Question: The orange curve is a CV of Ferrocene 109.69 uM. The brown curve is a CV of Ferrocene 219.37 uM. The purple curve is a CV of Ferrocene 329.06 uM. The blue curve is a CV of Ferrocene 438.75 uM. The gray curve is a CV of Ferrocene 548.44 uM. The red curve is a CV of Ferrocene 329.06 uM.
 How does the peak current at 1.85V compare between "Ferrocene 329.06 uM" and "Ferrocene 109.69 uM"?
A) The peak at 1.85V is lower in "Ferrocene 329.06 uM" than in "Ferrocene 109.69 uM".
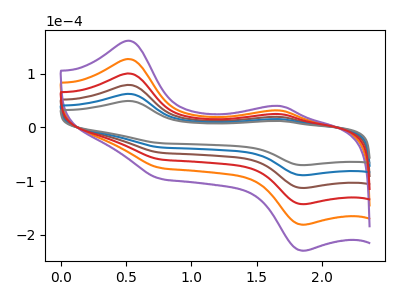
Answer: <think>The orange curve "Ferrocene 109.69 uM" has anodic peaks at (0.50V, 250.40uA) (1.70V, 61.95uA) and cathodic peaks at (0.75V, -148.45uA) (1.85V, -356.05uA). The brown curve "Ferrocene 219.37 uM" has anodic peaks at (0.50V, 125.20uA) (1.70V, 31.00uA) and cathodic peaks at (0.75V, -74.25uA) (1.85V, -178.00uA). The purple curve "Ferrocene 329.06 uM" has anodic peaks at (0.50V, 313.00uA) (1.70V, 77.45uA) and cathodic peaks at (0.75V, -185.60uA) (1.85V, -445.05uA). The blue curve "Ferrocene 438.75 uM" has anodic peaks at (0.50V, 62.60uA) (1.70V, 15.50uA) and cathodic peaks at (0.75V, -37.10uA) (1.85V, -89.00uA). The gray curve "Ferrocene 548.44 uM" has anodic peaks at (0.50V, 49.40uA) (1.70V, 12.20uA) and cathodic peaks at (0.75V, -29.30uA) (1.85V, -70.20uA). The red curve "Ferrocene 329.06 uM" has anodic peaks at (0.50V, 187.80uA) (1.70V, 46.50uA) and cathodic peaks at (0.75V, -111.35uA) (1.85V, -267.05uA).</think>
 <answer>A) The peak at 1.85V is lower in "Ferrocene 329.06 uM" than in "Ferrocene 109.69 uM".</answer>
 <eval>A</eval>